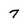
Character: 7